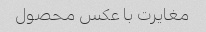
مغایرت با عکس محصول